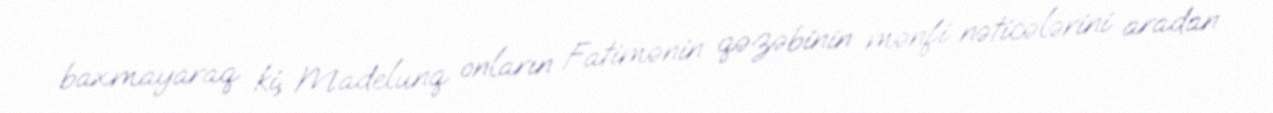
baxmayaraq ki, Madelunq onların Fatimənin qəzəbinin mənfi nəticələrini aradan